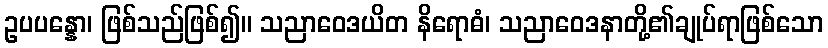
ဥပပန္နော၊ ဖြစ်သည်ဖြစ်၍။ သညာဝေဒယိတ နိရောဓံ၊ သညာဝေဒနာတို့၏ချုပ်ရာဖြစ်သော